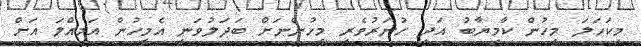
މިކަހަލަ މީހުން ކާމިޔާބު އަދި ހުނަރުވެރި މީހުންނަށް ބަދަލުވަނީ އެމީހުން އަމިއްލަ އަށް